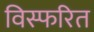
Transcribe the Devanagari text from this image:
विस्फरित